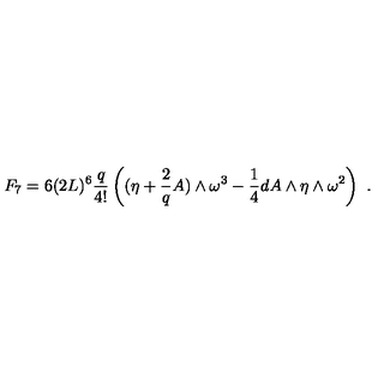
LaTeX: F _ { 7 } = 6 ( 2 L ) ^ { 6 } \frac { q } { 4 ! } \left( ( \eta + \frac { 2 } { q } A ) \wedge \omega ^ { 3 } - \frac { 1 } { 4 } d A \wedge \eta \wedge \omega ^ { 2 } \right) \ .